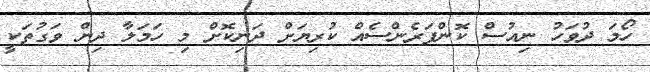
ހޯމަ ދުވަހު ނިއުސް ކޮންފަރެންސެއް ކުރިޔަށް ދަނިކޮށް މި ހަމަލާ ދިން ވަގުތަކީ